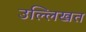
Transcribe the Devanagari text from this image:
उल्लिखत